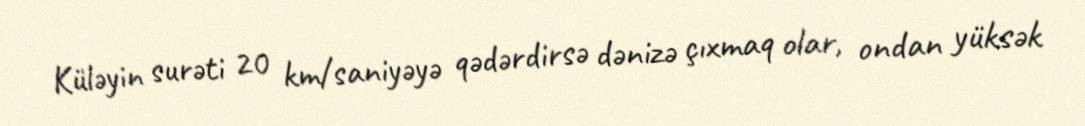
Küləyin surəti 20 km/saniyəyə qədərdirsə dənizə çıxmaq olar, ondan yüksək